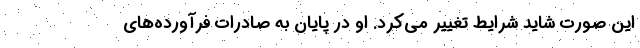
این صورت شاید شرایط تغییر می‌کرد. او در پایان به صادرات فرآورده‌های